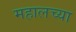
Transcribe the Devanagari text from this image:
महालच्या